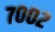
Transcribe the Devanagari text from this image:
७००२